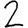
Digit: 2